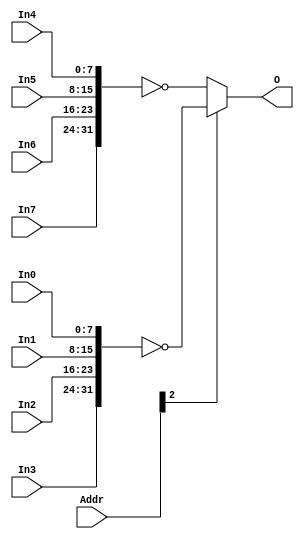
`timescale 1ns / 1ps
//////////////////////////////////////////////////////////////////////////////////
// Company: 
// Engineer: 
// 
// Design Name: 
// Module Name:    DipSwitch 
// Project Name: 
// Target Devices: 
// Tool versions: 
// Description: 
//
// Dependencies: 
//
// Revision: 
// Revision 0.01 - File Created
// Additional Comments: 
//
//////////////////////////////////////////////////////////////////////////////////
module DipSwitch(
    input [31:0] Addr,
    input [7:0] In0,
    input [7:0] In1,
    input [7:0] In2,
    input [7:0] In3,
    input [7:0] In4,
    input [7:0] In5,
    input [7:0] In6,
    input [7:0] In7,
    output [31:0] O
    );
	 //assign O = (Addr[2]) ? ~{In7, In6, In5, In4} : ~{In3, In2, In1, In0};
	 assign O = (Addr[2]) ? ~{In3, In2, In1, In0} : ~{In7, In6, In5, In4};
endmodule